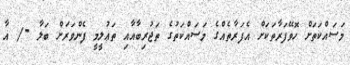
މަސައްކަތަށް ހޮވޭފަރާތަކަށް އެފަރާތެއްގެ މަސައްކަތުގެ ތަޖުރިބާއާއި ތަޢުލީމީ ފެންވަރަށް ބަލާ -/ އާ